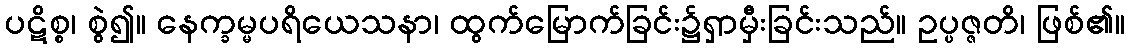
ပဋိစ္စ၊ စွဲ၍။ နေက္ခမ္မပရိယေသနာ၊ ထွက်မြောက်ခြင်း၌ရှာမှီးခြင်းသည်။ ဥပ္ပဇ္ဇတိ၊ ဖြစ်၏။